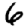
Digit: 6